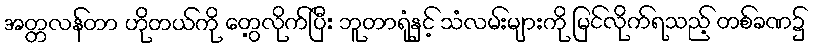
အတ္တလန်တာ ဟိုတယ်ကို တွေ့လိုက်ပြီး ဘူတာရုံနှင့် သံလမ်းများကို မြင်လိုက်ရသည့် တစ်ခဏ၌